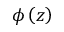
\phi \left( z \right)